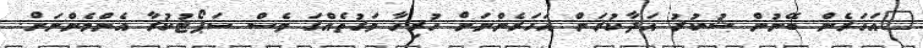
"އަހަރެން ބޭނުން ޝުކުރު އަދާކުރަން އަހަރެންނަށް ހުރިހާ ވަގުތެއްގަ ވެސް ސަޕޯޓުކުރާ އެންމެންނަށް.